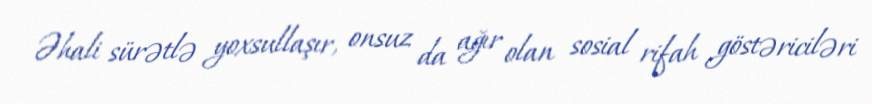
Əhali sürətlə yoxsullaşır, onsuz da ağır olan sosial rifah göstəriciləri